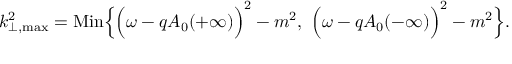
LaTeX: { k } _ { \perp , \mathrm { m a x } } ^ { 2 } = \mathrm { M i n } \Bigl \{ \Bigl ( \omega - q A _ { 0 } ( + \infty ) \Bigr ) ^ { 2 } - m ^ { 2 } , ~ \Bigl ( \omega - q A _ { 0 } ( - \infty ) \Bigr ) ^ { 2 } - m ^ { 2 } \Bigr \} .